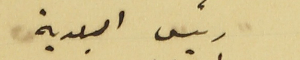
رئيس البلدية